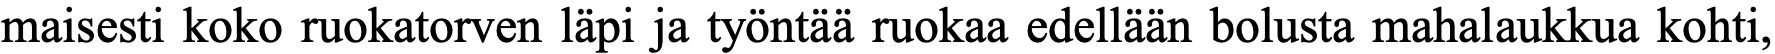
maisesti koko ruokatorven läpi ja työntää ruokaa edellään bolusta mahalaukkua kohti,